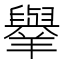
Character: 𦏜